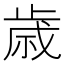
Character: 歳